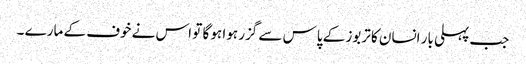
جب پہلی بار انسان کا تربوز کے پاس سے گزر ہوا ہو گا تو اس نے خوف کے مارے ۔